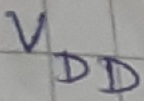
Text: VDD